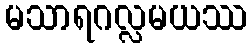
မသာရဂလ္လမယဿ